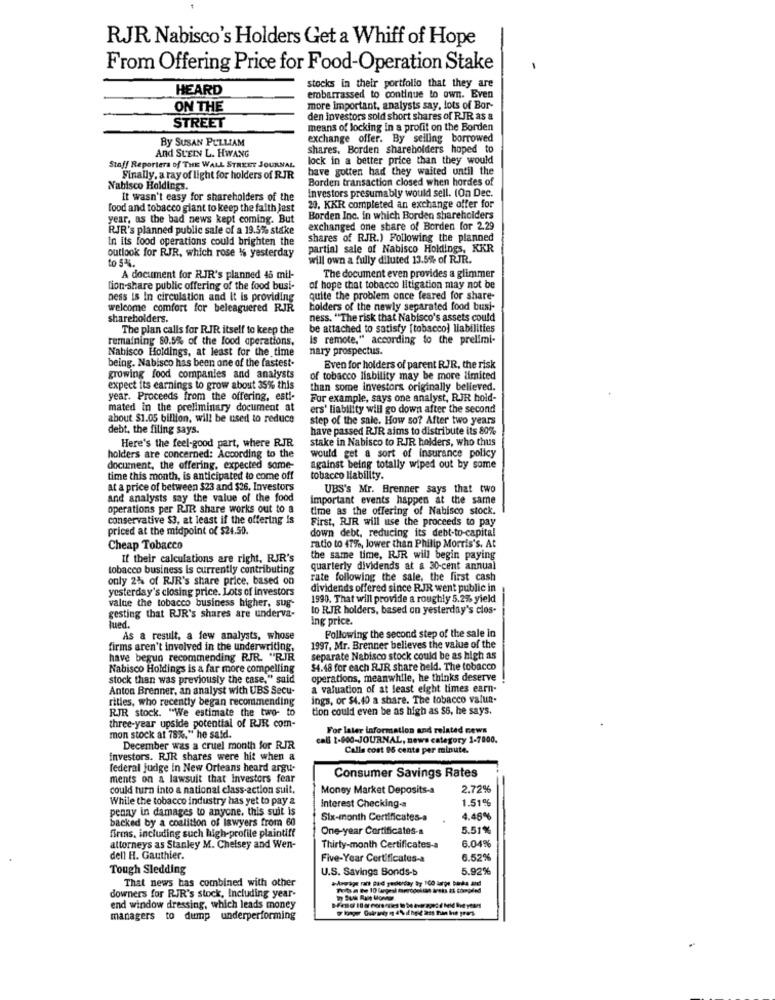
RJR Nabisco's Holders Get a Whiff of Hope
From Offering Price for Food-Operation Stake
stocks in their portfolio that they are
HEARD
embarrassed to continue to own. Even
ON THE
more important, analysts say, lots of Bar-
den investors sold short shares of RJR as a
STREET
means of locking in a profit on the Borden
By SUSAN PULLIAM
exchange offer. By seiling borrowed
And StEIN L. HWANG
shares. Borden shareholders hoped to
lock in a better price than they would
Staff Reporters of THE WALL STREET JOURNAL
have gotten had they waited until the
Finally, a ray of light for holders of RJR
Borden transaction closed when hordes of
Nabisco Holdings.
Investors presumably would sell. (On Dec.
It wasn't easy for shareholders of the
food and tobacco giant to keep the faith jast
20. KKR completed an exchange offer for
year, as the bad news kept coming. But
Borden Inc. in which Borden shareholders
RJR's planned public sale of a 19.5% stake
exchanged one share of Borden for 2.29
In its food operations could brighten the
shares of RJR.) Following the planned
partial sale of Nabisco Holdings, KKR
outlook for RJR, which rose 16 yesterday
to 5%.
will own a fully diluted 13.5% of RJR.
A document for RJR's planned 45 mil-
The document even provides a glimmer
tion-share public offering of the food busi-
of hope that tobacco litigation may not be
ness is in circulation and It is providing
quite the problem once feared for share-
welcome comfort for beleaguered RJR
holders of the newly separated food busi-
shareholders.
ness. "The risk that Nabisco's assets could
The plan calls for RJR itself to keep the
be attached to satisfy [tobacco) liabilities
remaining 60.5% of the food operations,
Is remote," according to the prelimi-
Nabisco Holdings, at least for the time
nary prospectus.
being. Nabisco has been one of the fastest-
Even for holders of parent R.JR, the risk
growing food companies and analysts
of tobacco liability may be more limited
expect its earnings to grow about 35% this
than some investors originally believed.
year. Proceeds from the offering, esti-
For example, says one analyst, RJR hold-
mated in the preliminary document at
ers' liability will go down after the second
about $1.05 billion, will be used to reduce
step of the sale. How so? After two years
debt, the filing says.
have passed RJR aims to distribute its 80%
stake in Nabisco to RJR holders, who thus
Here's the feel-good part, where RJR
holders are concerned: According to the
would get a sort of insurance policy
document, the offering, expected some-
against being totally wiped out by some
time this month, is anticipated to come off
tobacco liability.
at a price of between $23 and $26, Investors
UBS's Mr. Brenner says that two
and analysts say the value of the food
Important events happen at the same
operations per RIR share works out to a
time as the offering of Nabisco stock.
conservative $3, at least if the offering is
First, RJR will use the proceeds to pay
priced at the midpoint of $24.50.
down debt, reducing its debt-to-capital
Cheap Tobacco
ratio to 47%, lower than Philip Morris's. At
If their calculations are right, RJR's
the same time, RJR will begin paying
tobacco business is currently contributing
quarterly dividends at a 30-cent annual
only 2% of RJR's share price, based on
rate following the sale, the first cash
yesterday's closing price. Lots of investors
dividends offered since RJR went public in
value the tobacco business higher, sug-
1990. That will provide a roughly 5.2% yield
to RJR holders, based on yesterday's clos-
gesting that RJR's shares are underva-
Tued.
Ing price.
Following the second step of the sale in
As a result, a few analysts, whose
firms aren't involved in the underwriting,
1997, Mr. Brenner believes the value of the
have begun recommending RJR. "RIR
separate Nabisco stock could be as high as
Nabisco Holdings is a far more compelling
$4.48 for each RJR share held. The tobacco
stock than was previously the case," said
operations, meanwhile, he thinks deserve
Anton Brenner, an analyst with UBS Secu-
a valuation of at least eight times earn-
rities, who recently began recommending
ings, or $4.40 a share. The tobacco valun
RJR stock. "We estimate the two- to
tion could even be as high as $6, he says.
three-year upside potential of RJR com-
For later information and related news
mon stock at 78%." he said.
cal 1-900-JOURNAL, news category 1-7000.
December was a cruel month for RJR
Calls cost 95 cents per minute.
investors. RJR shares were hit when a
federal judge in New Orleans heard argu-
ments on a lawsuit that Investors fear
Consumer Savings Rates
could turn into a national class-action suit,
Money Market Deposits-a
2.72%
While the tobacco industry has yet to pay a
1.51%
penny in damages to anyone. this suit is
Interest Checking-a
backed by a coalition of lawyers from 60
Six-month Certificates-a
4.48%
One-year Certificates-a
5.51%
firms, including such high-profile plaintiff
attorneys as Stanley M. Chelsey and Wen-
Thirty-month Certificates-a
6.04%
dell H. Gauthier.
Five-Year Certificates-a
6.52%
Tough Sledding
U.S. Savings Bonds-b
5.92%
That news has combined with other
akrorage rant Bad yederday by 100 large birks and
downers for RIR's stock, Including year-
end window dressing, which leads money
managers to dump underperforming